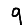
Digit: 9